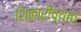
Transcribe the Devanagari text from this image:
शिकारीच्याच